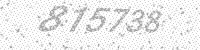
Solution: 815738